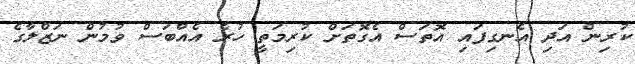
ކުރިން އަދި އެނގިފައި އޮތަސް އެގޮތަށް ކުރިމަތީ ހުރެ އެއްބަސް ވުމުން ނަޒްލާގެ